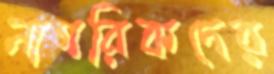
নাগরিকদের